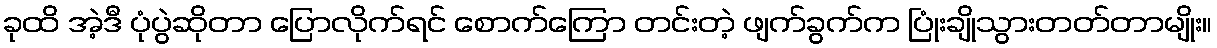
ခုထိ အဲ့ဒီ ပုံပွဲဆိုတာ ပြောလိုက်ရင် စောက်ကြော တင်းတဲ့ ဖျက်ခွက်က ပြုံးချိုသွားတတ်တာမျိုး။